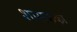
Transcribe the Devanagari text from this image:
शासकका